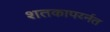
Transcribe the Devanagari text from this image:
शतकापर्य्नत